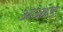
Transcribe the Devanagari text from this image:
अआड